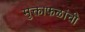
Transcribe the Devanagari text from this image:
मुक्ताफळांची